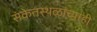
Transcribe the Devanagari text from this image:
संकेतस्थळांच्याही